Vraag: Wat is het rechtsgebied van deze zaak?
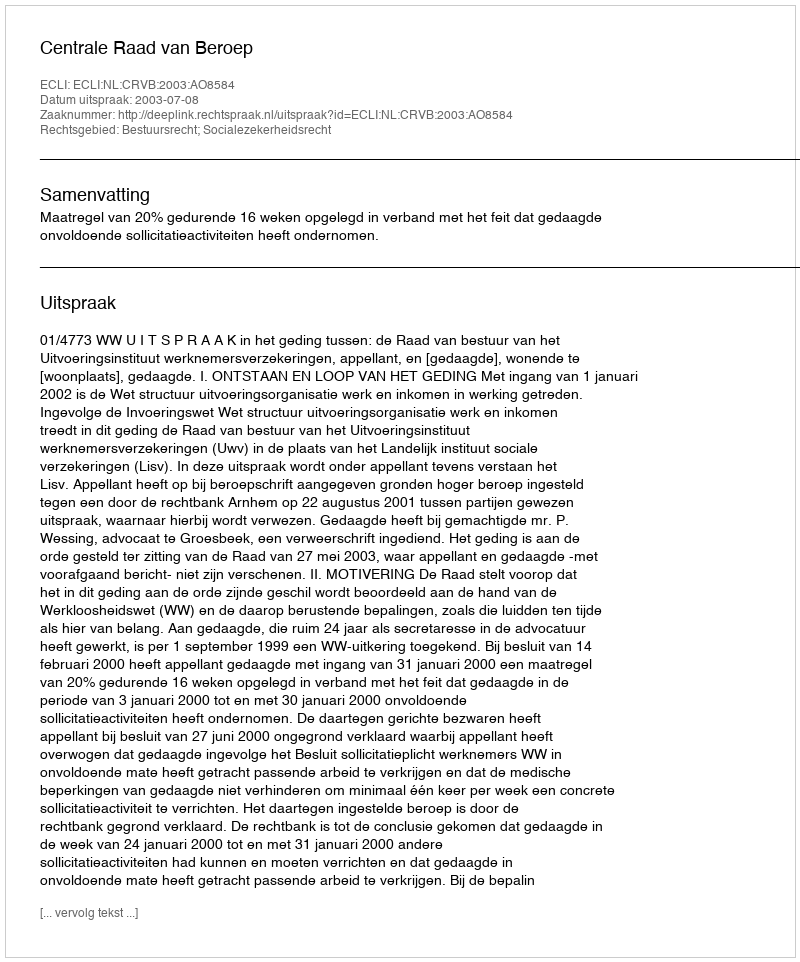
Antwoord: Bestuursrecht; Socialezekerheidsrecht